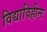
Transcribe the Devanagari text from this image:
विद्याविहीनः